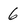
Character: 6